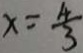
x = \frac { 4 } { 3 }